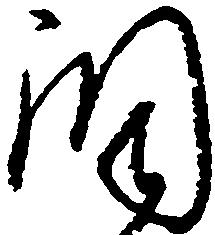
調